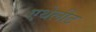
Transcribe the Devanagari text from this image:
एथेलीट